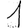
Digit: 1